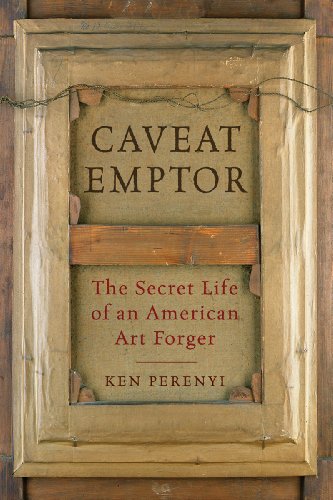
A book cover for Caveat Emptor: The Secret Life of an American Art Forger; Ken Perenyi; Biographies & Memoirs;